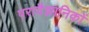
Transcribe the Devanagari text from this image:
परावैज्ञानिकों